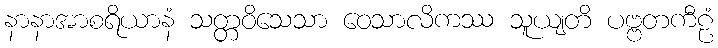
နာနာအာစရိယာနံ သတ္တဝိသေသာ ဝေသာလိကဿ သူယျတိ ပဗ္ဗတကီဠံ